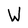
Character: W